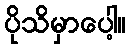
ပိုသိမှာပေါ့။